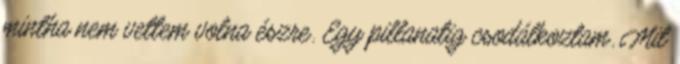
mintha nem vettem volna észre. Egy pillanatig csodálkoztam. Mit